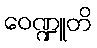
ဝေဏ္ဍူတိ